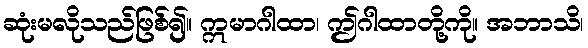
ဆုံးမလိုသည်ဖြစ်၍။ ဣမာဂါထာ၊ ဤဂါထာတို့ကို။ အဘာသိ၊